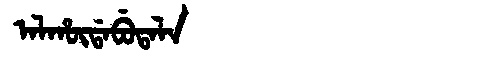
Manchu: ᠠᠯᡥᡡᡩᠠᠪᡠᡨᠠᠯᠠ
Romanization: ALHŪDABUTALA